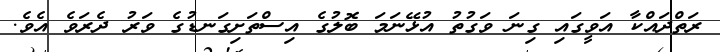
ރަތްދައްކާ އަވީގައި ގިނަ ވަގުތު އުޅޭނަމަ ބޮލުގެ އިސްތަށިގަނޑުގެ ވަރު ދެރަވެ އެވެ.